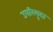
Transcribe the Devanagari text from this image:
उपरिमृदा